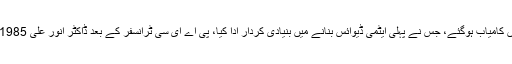
1978 میں انور علی، ڈاکٹر جی ڈی عالم کی سربراہی میں یورینیم کے آئسوٹوپس علیحدہ کرنے میں کامیاب ہوگئے، جس نے پہلی ایٹمی ڈیوائس بنانے میں بنیادی کردار ادا کیا، پی اے ای سی ٹرانسفر کے بعد ڈاکٹر انور علی 1985 میں میزائل پروگرام سے منسلک ہوئے اور میزائل سسٹم کی الیکٹرانک پروٹیکشن ڈیوائس تیار کی۔